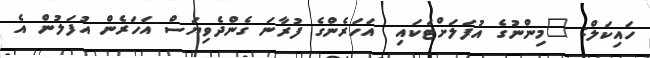
ހައިކަލް: "މިންނުގެ އުފަލަށްޓަކައި  އަހަރެންގެ ފުރާނަ ގެންދެވިޔަސް އަހަރެން އުފަލުން އެ